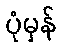
ပုံမှန်